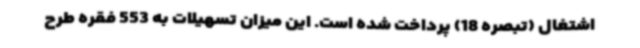
اشتغال (تبصره 18) پرداخت شده است. این میزان تسهیلات به 553 فقره طرح